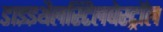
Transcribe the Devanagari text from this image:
डाइइथैलस्टिलबेस्ट्रॉल